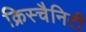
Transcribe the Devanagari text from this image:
क्रिस्चैनिटी